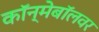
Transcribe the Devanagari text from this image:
कॉन्मेबॉलवर